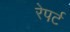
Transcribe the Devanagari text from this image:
रेपर्ट